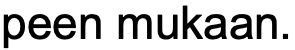
peen mukaan.